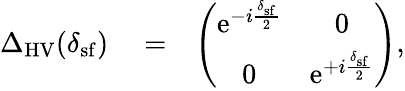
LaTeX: \begin{array}{rlr}{\Delta_{\mathrm{HV}}(\delta_{\mathrm{sf}})}&{{}=}&{\left(\begin{array}{cc}{\mathrm{e}^{-i\frac{\delta_{\mathrm{sf}}}{2}}}&{0}\\ {0}&{\mathrm{e}^{+i\frac{\delta_{\mathrm{sf}}}{2}}}\end{array}\right),}\end{array}